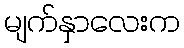
မျက်နှာလေးက